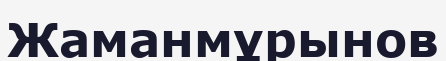
Жаманмұрынов